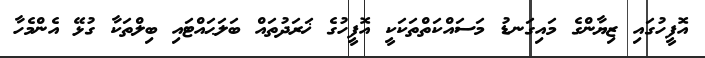
އޮފީހުގައި ޒިޔާންގެ މައިގަނޑު މަސައްކަތްތަކަކީ އޮފީހުގެ ޚަރަދުތައް ބަލަޙައްޓައި ބިލްތަކާ ގުޅޭ އެންމެހާ